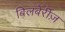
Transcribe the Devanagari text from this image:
बिलबेर्रीज़